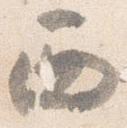
西